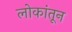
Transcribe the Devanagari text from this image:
लोकांतून